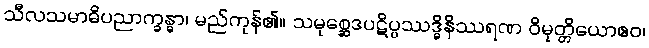
သီလသမာဓိပညာက္ခန္ဓာ၊ မည်ကုန်၏။ သမုစ္ဆေဒပဋိပ္ပဿဒ္ဓိနိဿရဏ ဝိမုတ္တိယောဧဝ၊